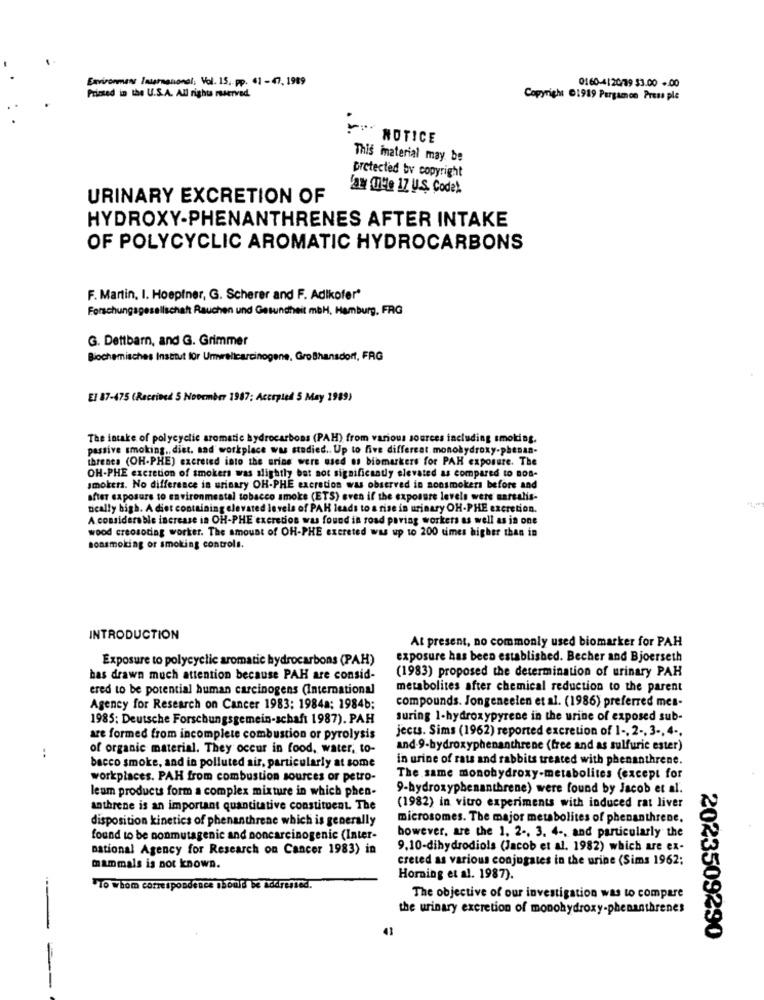
Environmans International; Vol. 15, pp. 61 - 47, 1989
0160-4|20/19 53.00 - 00
Primed in the U.S.A. All rights reserved.
Copyright 01919 Pergamon Press ple
!" NOTICE
This inaterial may be
protected by copyright
'am mlle 17 U.S. Code).
URINARY EXCRETION OF
HYDROXY-PHENANTHRENES AFTER INTAKE
OF POLYCYCLIC AROMATIC HYDROCARBONS
F. Martin, I. Hoepfner, G. Scherer and F. Adikofer"
Forschungsgesellschaft Rauchen und Gesundheit mbH, Hamburg, FRG
G. Dettbarn, and G. Grimmer
Biochemisches Institut für Umweltcarcinogene, GroBhansdorf, FRG
El 87-475 (Received 5 November 1987; Accepted 5 May 1989)
The intake of polycyclic aromatic hydrocarbons (PAH) from various sources including smoking.
passive smoking ., diet. nad workplace was stadied .. Up to five differcat. monohydroxy-phenan-
ihrenes (OH-PHE) excreted into the arios were used of biomarkers for PAH exposure. The
OH-PHE excretion of smokers was slightly bat noc significantly elevated as compared to nos-
smokers. No difference in urinary OH-PHE excretion was observed in nonsmokers before and
after exposure to environmental tobacco smoke (ETS) even if the exposure levels wers marsalis-
Dically high. A diet containing elevated levels of PAH leads to a rise in urinary OH-PHE excretion.
A considerable increase in OH-PHE excretion was found in road paving workers as well as in one
wood creosoting worker. The amount of OH-PHE excreted was up 10 200 times higher than in
nonsmoking or smoking controls.
INTRODUCTION
At present, no commonly used biomarker for PAH
Exposure to polycyclic aromatic hydrocarbons (PAH)
exposure has been established. Becher and Bjoerseth
has drawn much attention because PAH are consid-
(1983) proposed the determination of urinary PAH
ered to be potential human carcinogens (International
metabolites after chemical reduction to the parent
compounds. Jongeneelen et al. (1986) preferred mes-
Agency for Research on Cancer 1983: 1984a; 1984b;
1985: Deutsche Forschungsgemein-schaft 1987). PAH
suring 1-hydroxypyrene in the urine of exposed sub-
jects. Sims (1962) reported excretion of 1 -, 2 -, 3 -, 4 -.
are formed from incomplete combustion or pyrolysis
of organic material. They occur in food, water, to-
and.9-hydroxyphenanthrene (free and as sulfuric ester)
:
in urine of rats and rabbits treated with phenanthrene.
bacco smoke, and in polluted air, particularly at some
workplaces. PAH from combustion sources or petro-
The same monohydroxy-metabolites (except for
leum products form a complex mixture in which phen-
9-hydroxyphenanthrene) were found by Jacob et al.
anthrene is an important quantitative constituent. The
(1982) in vitro experiments with induced rat liver
disposition kinetics of phenanthrene which is generally
microsomes. The major metabolites of phenanthrene.
however, are the 1. 2 -. 3. 4 -, and particularly the
found to be nonmutagenic and noncarcinogenic (Inter-
national Agency for Research on Cancer 1983) in
9.10-dihydrodiols (Jacob et al. 1982) which are ex-
creted as various conjugates in the urine (Sims 1962;
mammals is not known.
Horning et al. 1987).
*To whom correspondence should be addressed.
The objective of our investigation was to compare
the urinary excretion of monohydroxy-phenanthrenes
-
2023509290
--